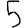
Digit: 5